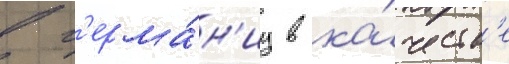
в г'ерма́н'иу в ка́честв'е